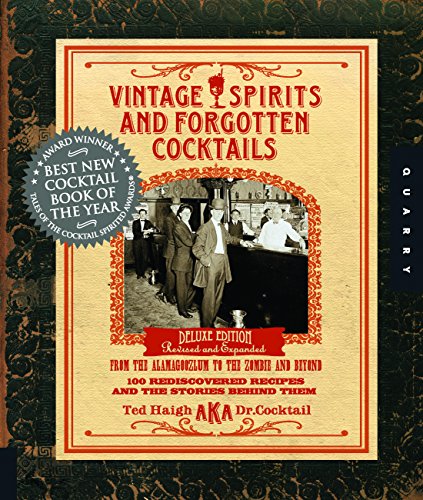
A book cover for Vintage Spirits and Forgotten Cocktails: From the Alamagoozlum to the Zombie 100 Rediscovered Recipes and the Stories Behind Them; Ted Haigh; Cookbooks, Food & Wine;